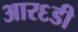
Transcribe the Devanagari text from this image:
आर६डी